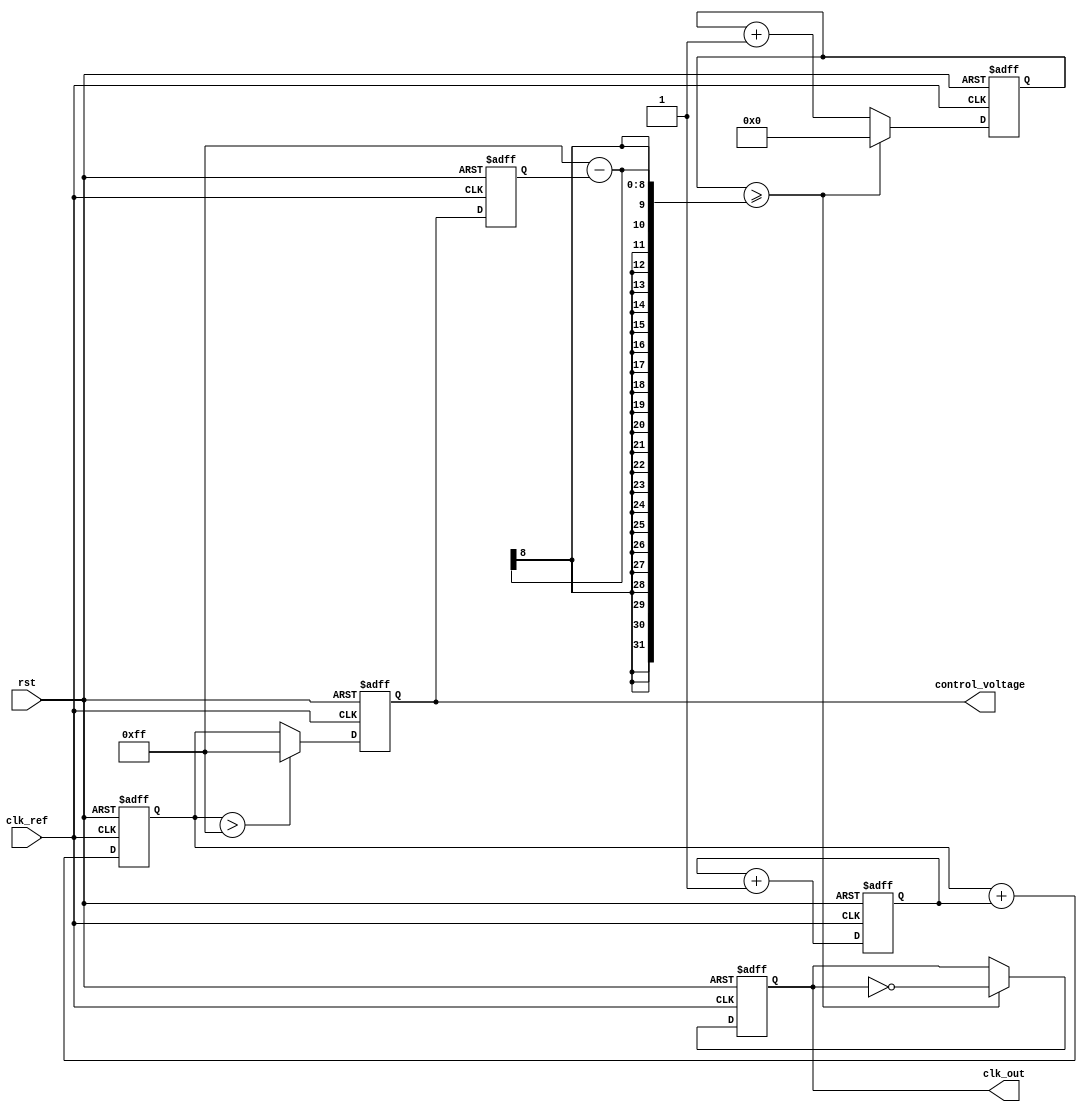
module MemoryBlocksPLL (
    input wire clk_ref,       // Reference clock input
    input wire rst,           // Active high reset
    output reg clk_out,       // Output clock
    output reg [7:0] control_voltage // Control voltage for VCO
);

    // Internal signals
    reg [7:0] phase_error;    // Phase error signal
    reg [7:0] loop_filter_out; // Output of the loop filter
    reg [7:0] vco_frequency;   // Frequency control for VCO
    reg [7:0] vco_counter;     // Counter for VCO output generation

    // Constants
    parameter VCO_MAX_FREQ = 255; // Max frequency for VCO
    parameter VCO_MIN_FREQ = 0;   // Min frequency for VCO

    // Phase Detector (PD)
    always @(posedge clk_ref or posedge rst) begin
        if (rst) begin
            phase_error <= 0;
        end else begin
            // Simple phase detection logic
            // This could be more sophisticated in a real implementation
            // For demonstration, we just simulate a phase error
            phase_error <= phase_error + 1; // Placeholder for phase difference calculation
        end
    end

    // Loop Filter (LF)
    always @(posedge clk_ref or posedge rst) begin
        if (rst) begin
            loop_filter_out <= 0;
            control_voltage <= 0;
        end else begin
            // Simple first-order loop filter
            loop_filter_out <= loop_filter_out + phase_error;
            control_voltage <= loop_filter_out > VCO_MAX_FREQ ? VCO_MAX_FREQ : loop_filter_out;
        end
    end

    // Voltage-Controlled Oscillator (VCO)
    always @(posedge clk_ref or posedge rst) begin
        if (rst) begin
            vco_frequency <= VCO_MIN_FREQ;
            vco_counter <= 0;
            clk_out <= 0;
        end else begin
            // Control VCO frequency based on control voltage
            vco_frequency <= control_voltage;

            // Simple VCO behavior: output clock generation
            if (vco_counter >= (255 - vco_frequency)) begin
                clk_out <= ~clk_out; // Toggle clock output
                vco_counter <= 0;     // Reset counter
            end else begin
                vco_counter <= vco_counter + 1;
            end
        end
    end

endmodule